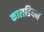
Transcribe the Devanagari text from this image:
कालडियन